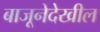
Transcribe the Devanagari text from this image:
बाजूनेदेखील